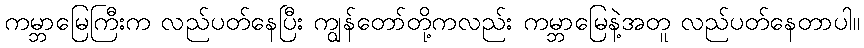
ကမ္ဘာမြေကြီးက လည်ပတ်နေပြီး ကျွန်တော်တို့ကလည်း ကမ္ဘာမြေနဲ့အတူ လည်ပတ်နေတာပါ။